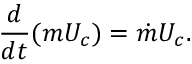
\frac { d } { d t } ( m U _ { c } ) = \dot { m } U _ { c } .